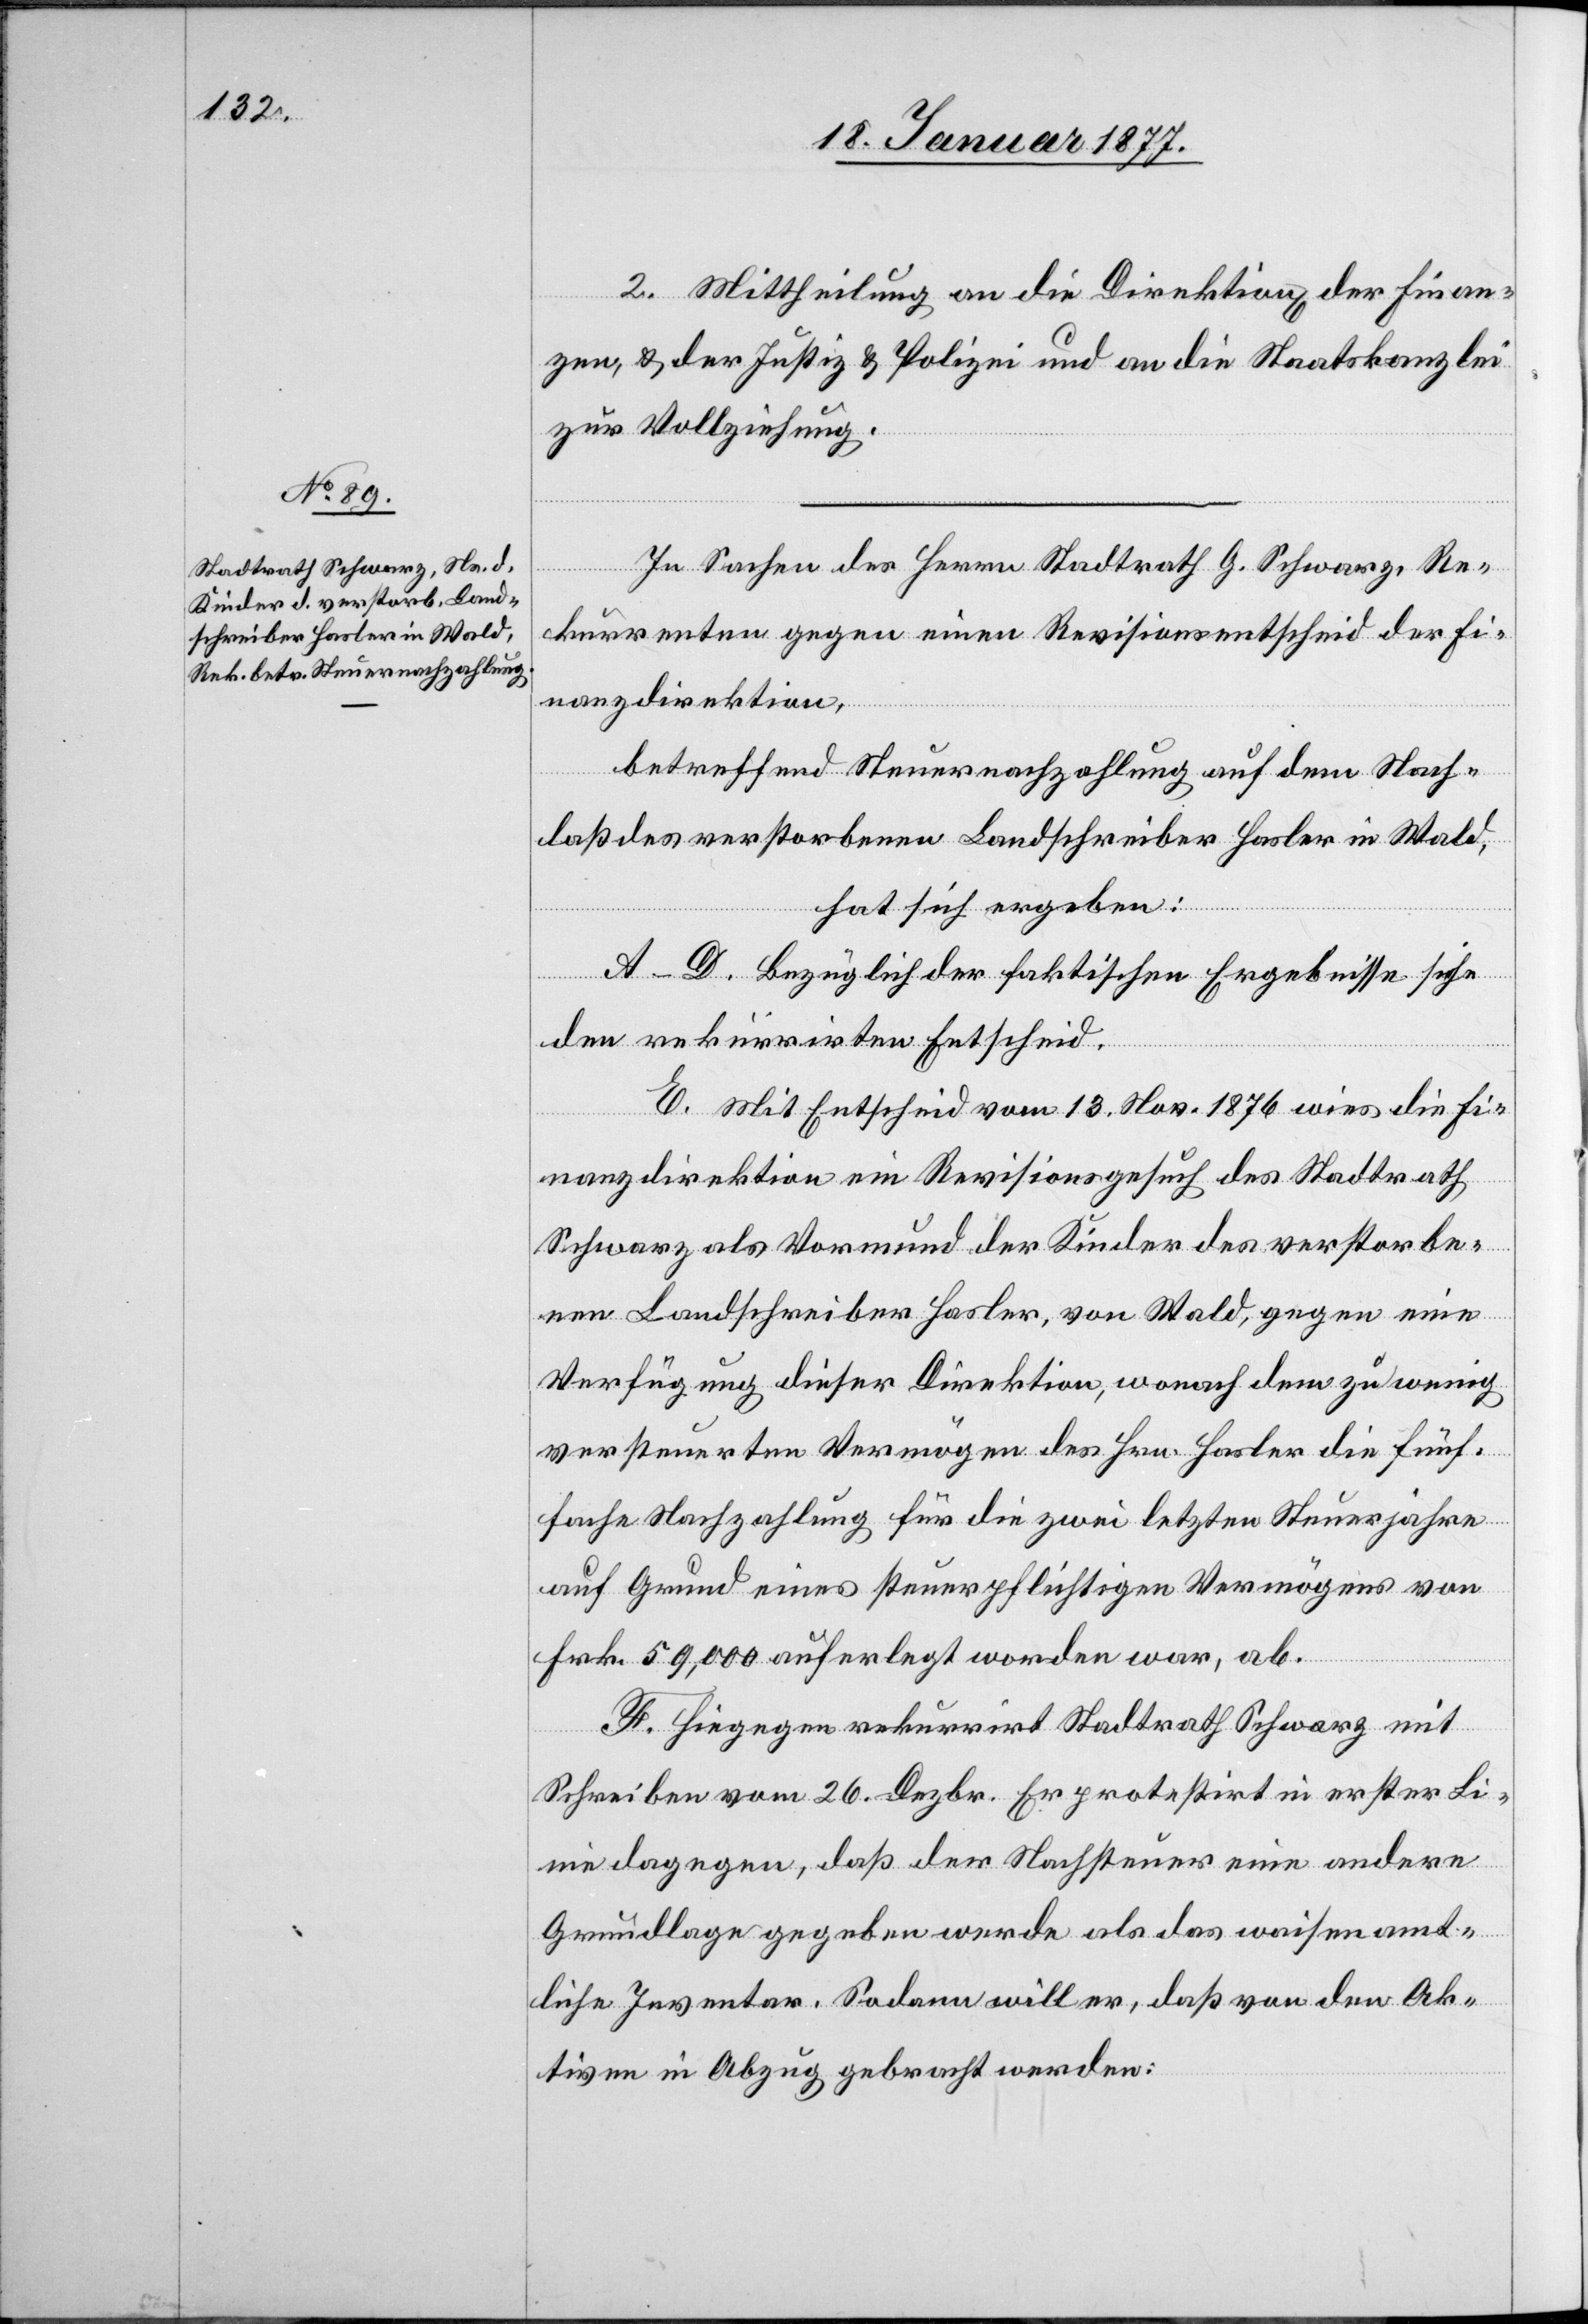
2. Mittheilung an die Direktion[en] der Finan¬
zen, & der Justiz & Polizei und an die Staatskanzlei
zur Vollziehung.
In Sachen des Herrn Stadtrath G. Schwarz, Re¬
kurrenten gegen einen Revisionsentscheid der Fi¬
nanzdirektion,
betreffend Steuernachzahlung auf dem Nach¬
laß des verstorbenen Landschreiber Hasler in Wald,
hat sich ergeben:
A–D. Bezüglich der faktischen Ergebnisse siehe
den rekurrirten Entscheid.
E. Mit Entscheid vom 13. Nov. 1876 wies die Fi¬
nanzdirektion ein Revisionsgesuch des Stadtrath
Schwarz als Vormund der Kinder des verstorbe¬
nen Landschreiber Hasler, von Wald, gegen eine
Verfügung dieser Direktion, wonach dem zu wenig
versteuerten Vermögen des Hrn. Hasler die fünf¬
fache Nachzahlung für die zwei letzten Steuerjahre
auf Grund eines steuerpflichtigen Vermögens von
Frk. 59,000 auferlegt worden war, ab.
F. Hiegegen rekurrirt Stadtrath Schwarz mit
Schreiben vom 26. Dezbr. Er protestirt in erster Li¬
nie dagegen, daß der Nachsteuer eine andere
Grundlage gegeben werde als das waisenamt¬
liche Inventar. Sodann will er, daß von den Ak¬
tiven in Abzug gebracht werden: